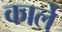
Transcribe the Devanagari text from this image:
कार्ले